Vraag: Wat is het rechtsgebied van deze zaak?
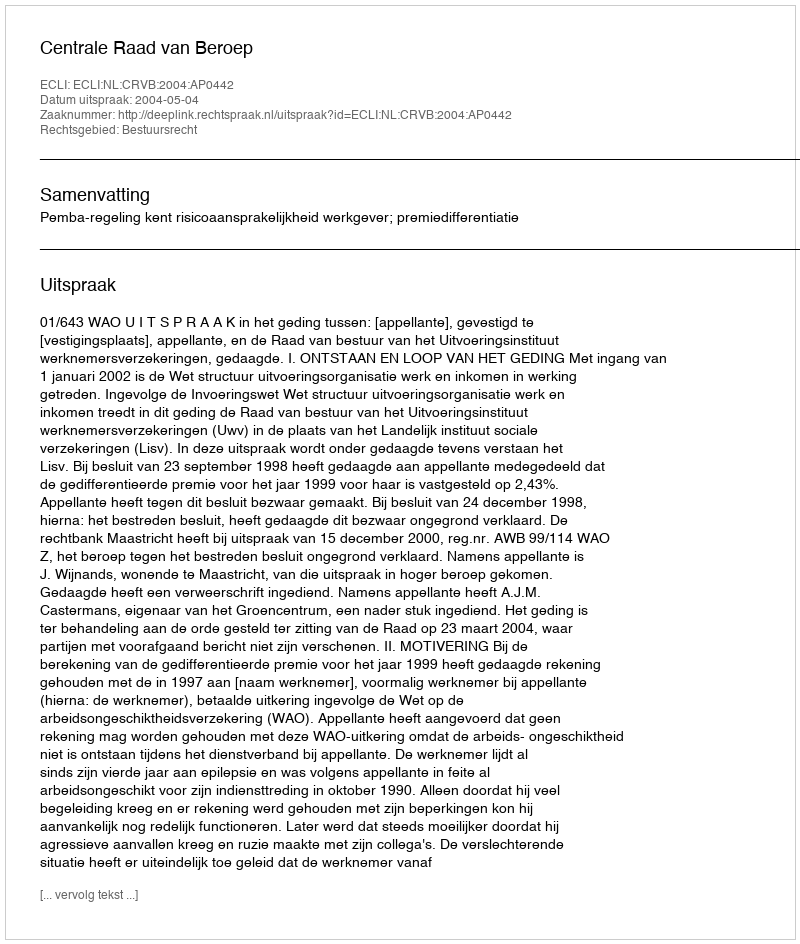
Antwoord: Bestuursrecht